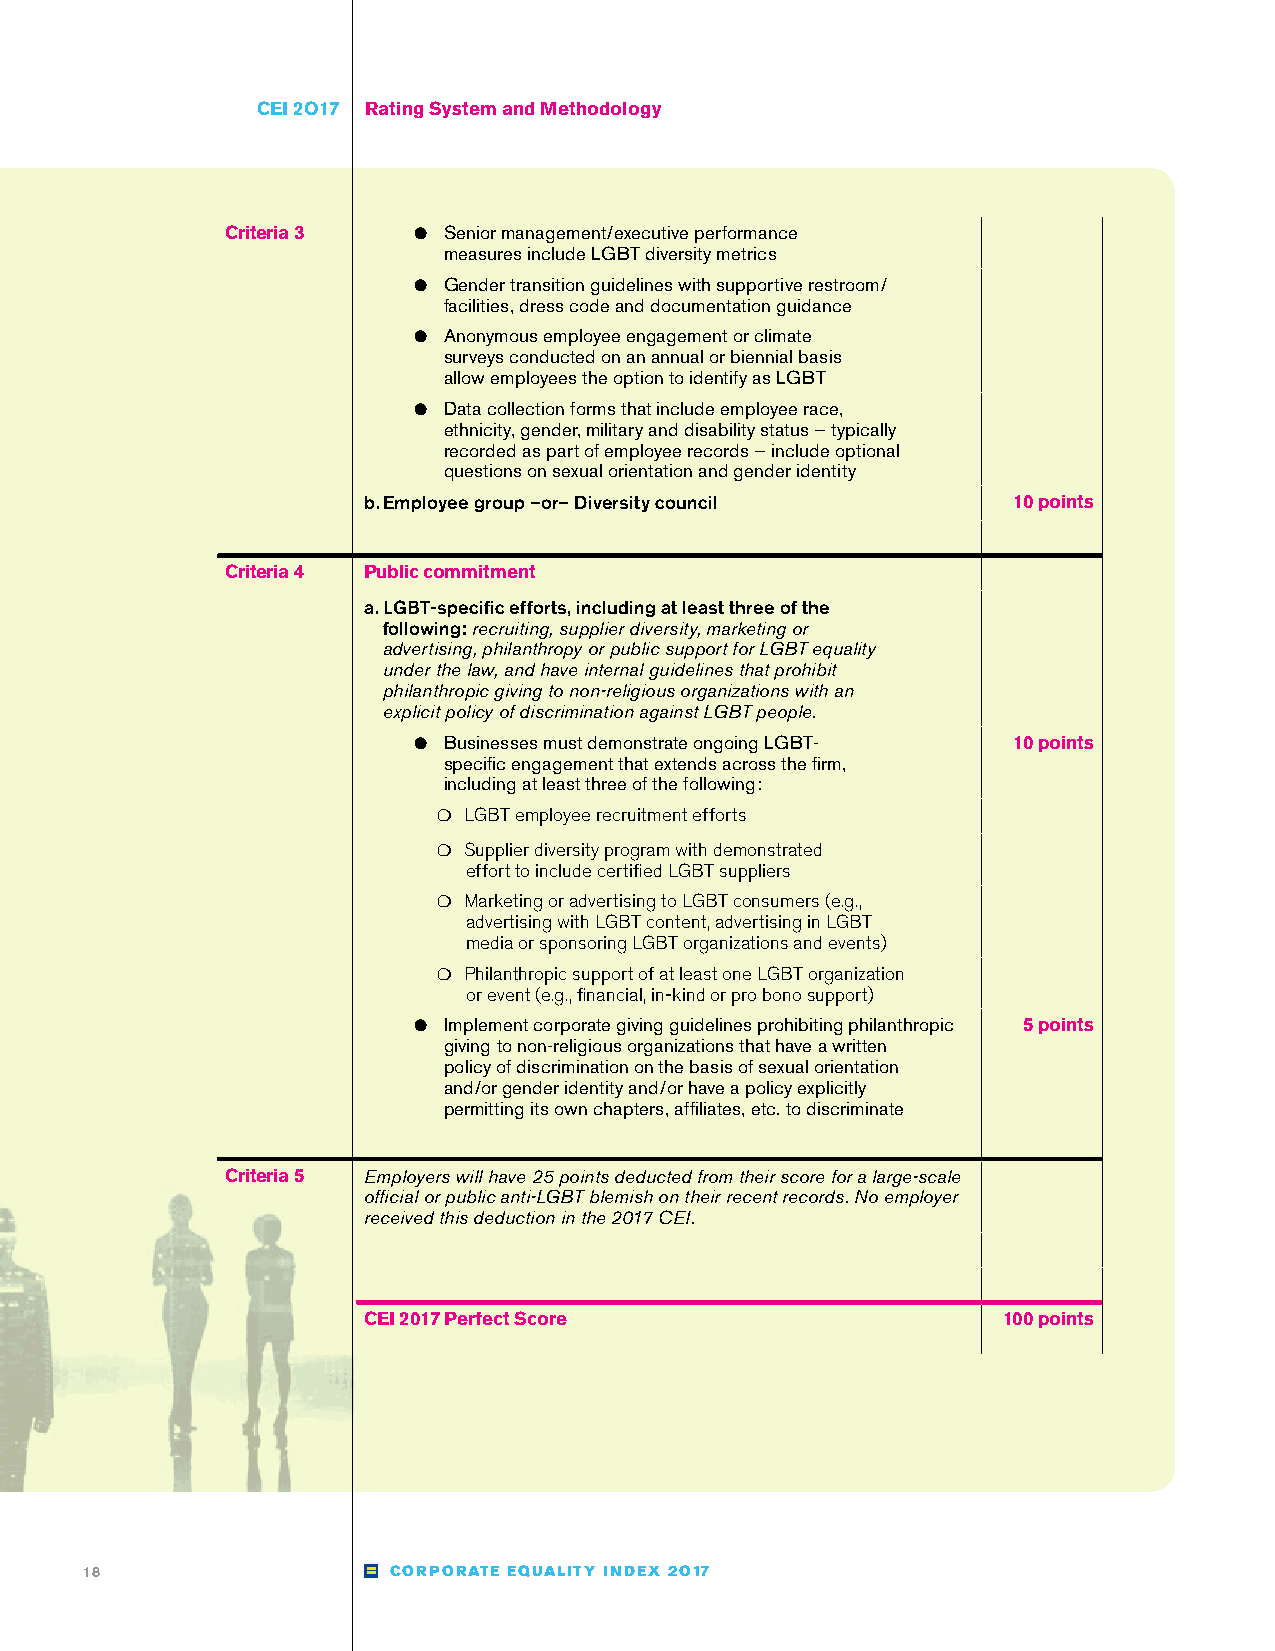
CCEEII 22OO1177 Rating System and Methodology
 Criteria 3  ●● Senior management/executive performance
 measures include LGBT diversity metrics
 ●● Gender transition guidelines with supportive restroom/
 facilities, dress code and documentation guidance
 ●● Anonymous employee engagement or climate
 surveys conducted on an annual or biennial basis
 allow employees the option to identify as LGBT
 ●● Data collection forms that include employee race,
 ethnicity, gender, military and disability status — typically
 recorded as part of employee records — include optional
 questions on sexual orientation and gender identity
 b. Employee group –or– Diversity council   10 points
 Criteria 4 Public commitment
 a. LGBT-specific efforts, including at least three of the
 following: recruiting, supplier diversity, marketing or
 advertising, philanthropy or public support for LGBT equality
 under the law, and have internal guidelines that prohibit
 philanthropic giving to non-religious organizations with an
 explicit policy of discrimination against LGBT people.
 ●● Businesses must demonstrate ongoing LGBT- 10 points
 specific engagement that extends across the firm,
 including at least three of the following:
 ❍● LGBT employee recruitment efforts
 ❍● Supplier diversity program with demonstrated
 effort to include certified LGBT suppliers
 ❍● Marketing or advertising to LGBT consumers (e.g.,
 advertising with LGBT content, advertising in LGBT
 media or sponsoring LGBT organizations and events)
 ❍● Philanthropic support of at least one LGBT organization
 or event (e.g., financial, in-kind or pro bono support)
 ●● Implement corporate giving guidelines prohibiting philanthropic 5 points
 giving to non-religious organizations that have a written
 policy of discrimination on the basis of sexual orientation
 and/or gender identity and/or have a policy explicitly
 permitting its own chapters, affiliates, etc. to discriminate
 Criteria 5 Employers will have 25 points deducted from their score for a large-scale
 official or public anti-LGBT blemish on their recent records. No employer
 received this deduction in the 2017 CEI.
 CEI 2017 Perfect Score                    100 points
 18                  CORPORATE EQUALITY INDEX 2O17